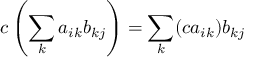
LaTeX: c \left( \sum _ { k } a _ { i k } b _ { k j } \right) = \sum _ { k } ( c a _ { i k } ) b _ { k j }